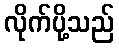
လိုက်ပို့သည်